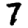
Digit: 7